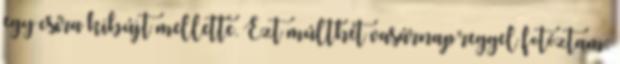
egy csíra kibújt mellette. Ezt múlthét vasárnap reggel fotóztam: